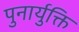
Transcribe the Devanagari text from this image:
पुनार्युक्ति